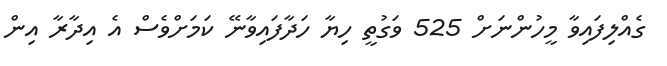
ގެއްލިފައިވާ މީހުންނަށް 525 ވަގުތީ ހިޔާ ހަދާފައިވާނޭ ކަމަށްވެސް އެ އިދާރާ އިން